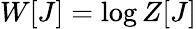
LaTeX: W[J]=\log Z[J]